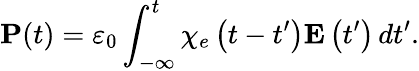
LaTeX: \mathbf{P}(t)=\varepsilon_{0}\int_{-\infty}^{t}\chi_{e}\left(t-t^{\prime}\right)\mathbf{E}\left(t^{\prime}\right)\, dt^{\prime}.